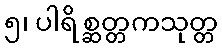
၅၊ ပါရိစ္ဆတ္တကသုတ္တ